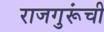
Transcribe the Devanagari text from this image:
राजगुरूंची